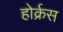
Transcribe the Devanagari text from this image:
होर्क्रस